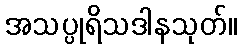
အသပ္ပုရိသဒါနသုတ်။